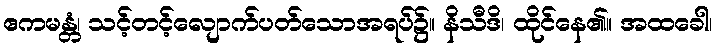
ဧကမန္တံ၊ သင့်တင့်လျောက်ပတ်သောအရပ်၌။ နိသီဒိ၊ ထိုင်နေ၏။ အထခေါ၊